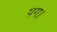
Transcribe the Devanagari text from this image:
पग।